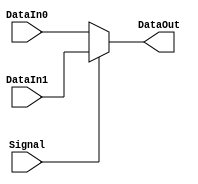
`timescale 1ns / 1ps

module MUX2 #(parameter bits = 4)(
    input [bits-1:0] DataIn0,
    input [bits-1:0] DataIn1,
    input Signal,
    output [bits-1:0] DataOut
    );
    
    assign DataOut = (Signal == 1'b0) ? DataIn0 : DataIn1;
    
endmodule